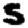
Digit: 5